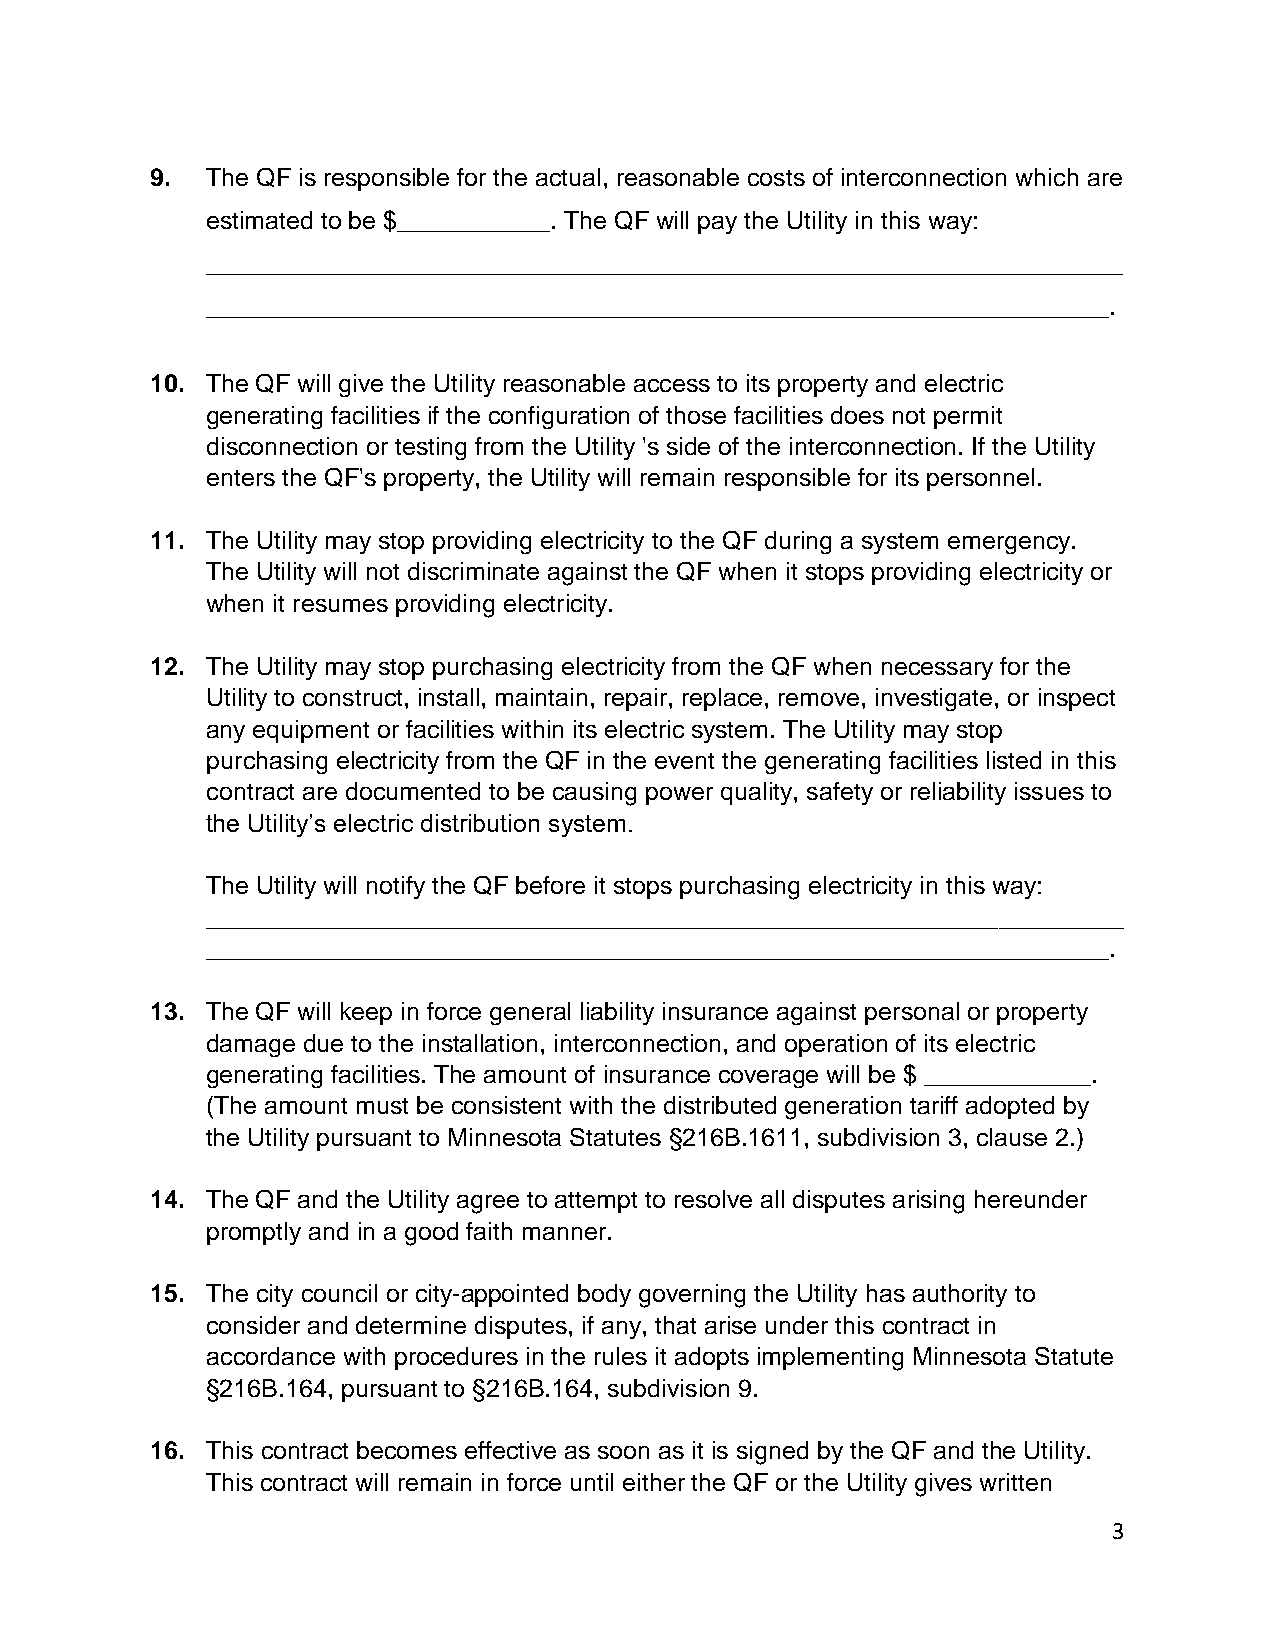
9.  The QF is responsible for the actual, reasonable costs of interconnection which are
 estimated to be $___________. The QF will pay the Utility in this way:
 __________________________________________________________________
 _________________________________________________________________.
 10. The QF will give the Utility reasonable access to its property and electric
 generating facilities if the configuration of those facilities does not permit
 disconnection or testing from the Utility 's side of the interconnection. If the Utility
 enters the QF's property, the Utility will remain responsible for its personnel.
 11. The Utility may stop providing electricity to the QF during a system emergency.
 The Utility will not discriminate against the QF when it stops providing electricity or
 when it resumes providing electricity.
 12. The Utility may stop purchasing electricity from the QF when necessary for the
 Utility to construct, install, maintain, repair, replace, remove, investigate, or inspect
 any equipment or facilities within its electric system. The Utility may stop
 purchasing electricity from the QF in the event the generating facilities listed in this
 contract are documented to be causing power quality, safety or reliability issues to
 the Utility’s electric distribution system.
 The Utility will notify the QF before it stops purchasing electricity in this way:
 __________________________________________________________________
 _________________________________________________________________.
 13. The QF will keep in force general liability insurance against personal or property
 damage due to the installation, interconnection, and operation of its electric
 generating facilities. The amount of insurance coverage will be $ ____________.
 (The amount must be consistent with the distributed generation tariff adopted by
 the Utility pursuant to Minnesota Statutes §216B.1611, subdivision 3, clause 2.)
 14. The QF and the Utility agree to attempt to resolve all disputes arising hereunder
 promptly and in a good faith manner.
 15. The city council or city-appointed body governing the Utility has authority to
 consider and determine disputes, if any, that arise under this contract in
 accordance with procedures in the rules it adopts implementing Minnesota Statute
 §216B.164, pursuant to §216B.164, subdivision 9.
 16. This contract becomes effective as soon as it is signed by the QF and the Utility.
 This contract will remain in force until either the QF or the Utility gives written
 3